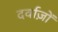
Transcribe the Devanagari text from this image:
दर्वाज़ों